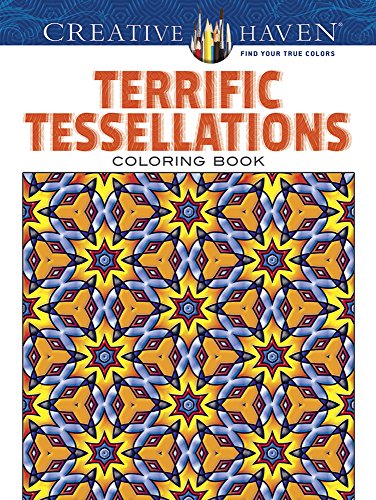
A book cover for Creative Haven Terrific Tessellations Coloring Book (Creative Haven Coloring Books); John M. Alves; Crafts, Hobbies & Home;